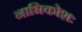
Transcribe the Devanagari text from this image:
नाभिकोशः